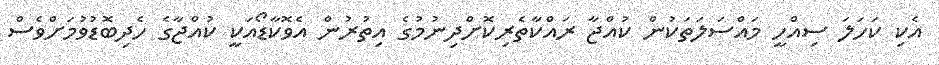
އެކި ކަހަލަ ސިއްހީ މައްސަލަތަކުން ކުއްޖާ ރައްކާތެރިކޮށްދިނުމުގެ އިތުރުން އެވޮކާޑޯއަކީ ކުއްޖާގެ ހެދިބޮޑުވުމަށްވެސް